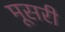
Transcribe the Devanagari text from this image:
मूसरी